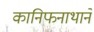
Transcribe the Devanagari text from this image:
कानिफनाथाने